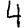
Digit: 4